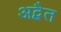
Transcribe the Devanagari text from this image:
अद्बैत